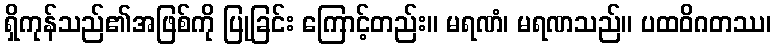
ရှိကုန်သည်၏အဖြစ်ကို ပြုခြင်း ကြောင့်တည်း။ မရဏံ၊ မရဏသည်။ ပထဝိဂတဿ၊